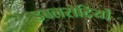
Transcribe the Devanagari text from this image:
डबलरोटियों